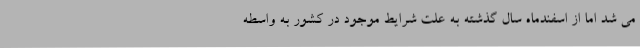
می شد اما از اسفندماه سال گذشته به علت شرایط موجود در کشور به واسطه